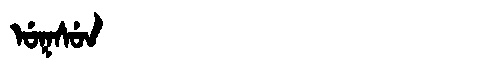
Manchu: ᡠᡴᠰᡠᠨ
Romanization: UKSUN